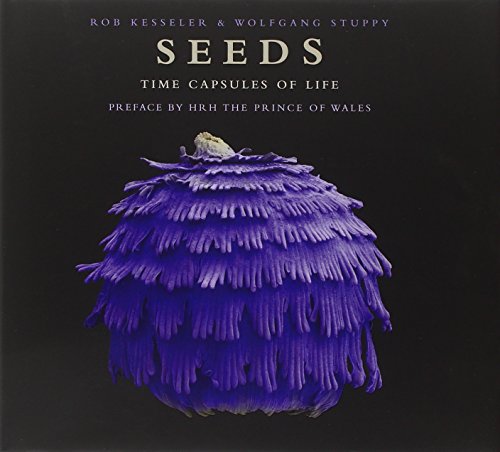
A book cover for Seeds: Time Capsules of Life; Wolfgang Stuppy; Crafts, Hobbies & Home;